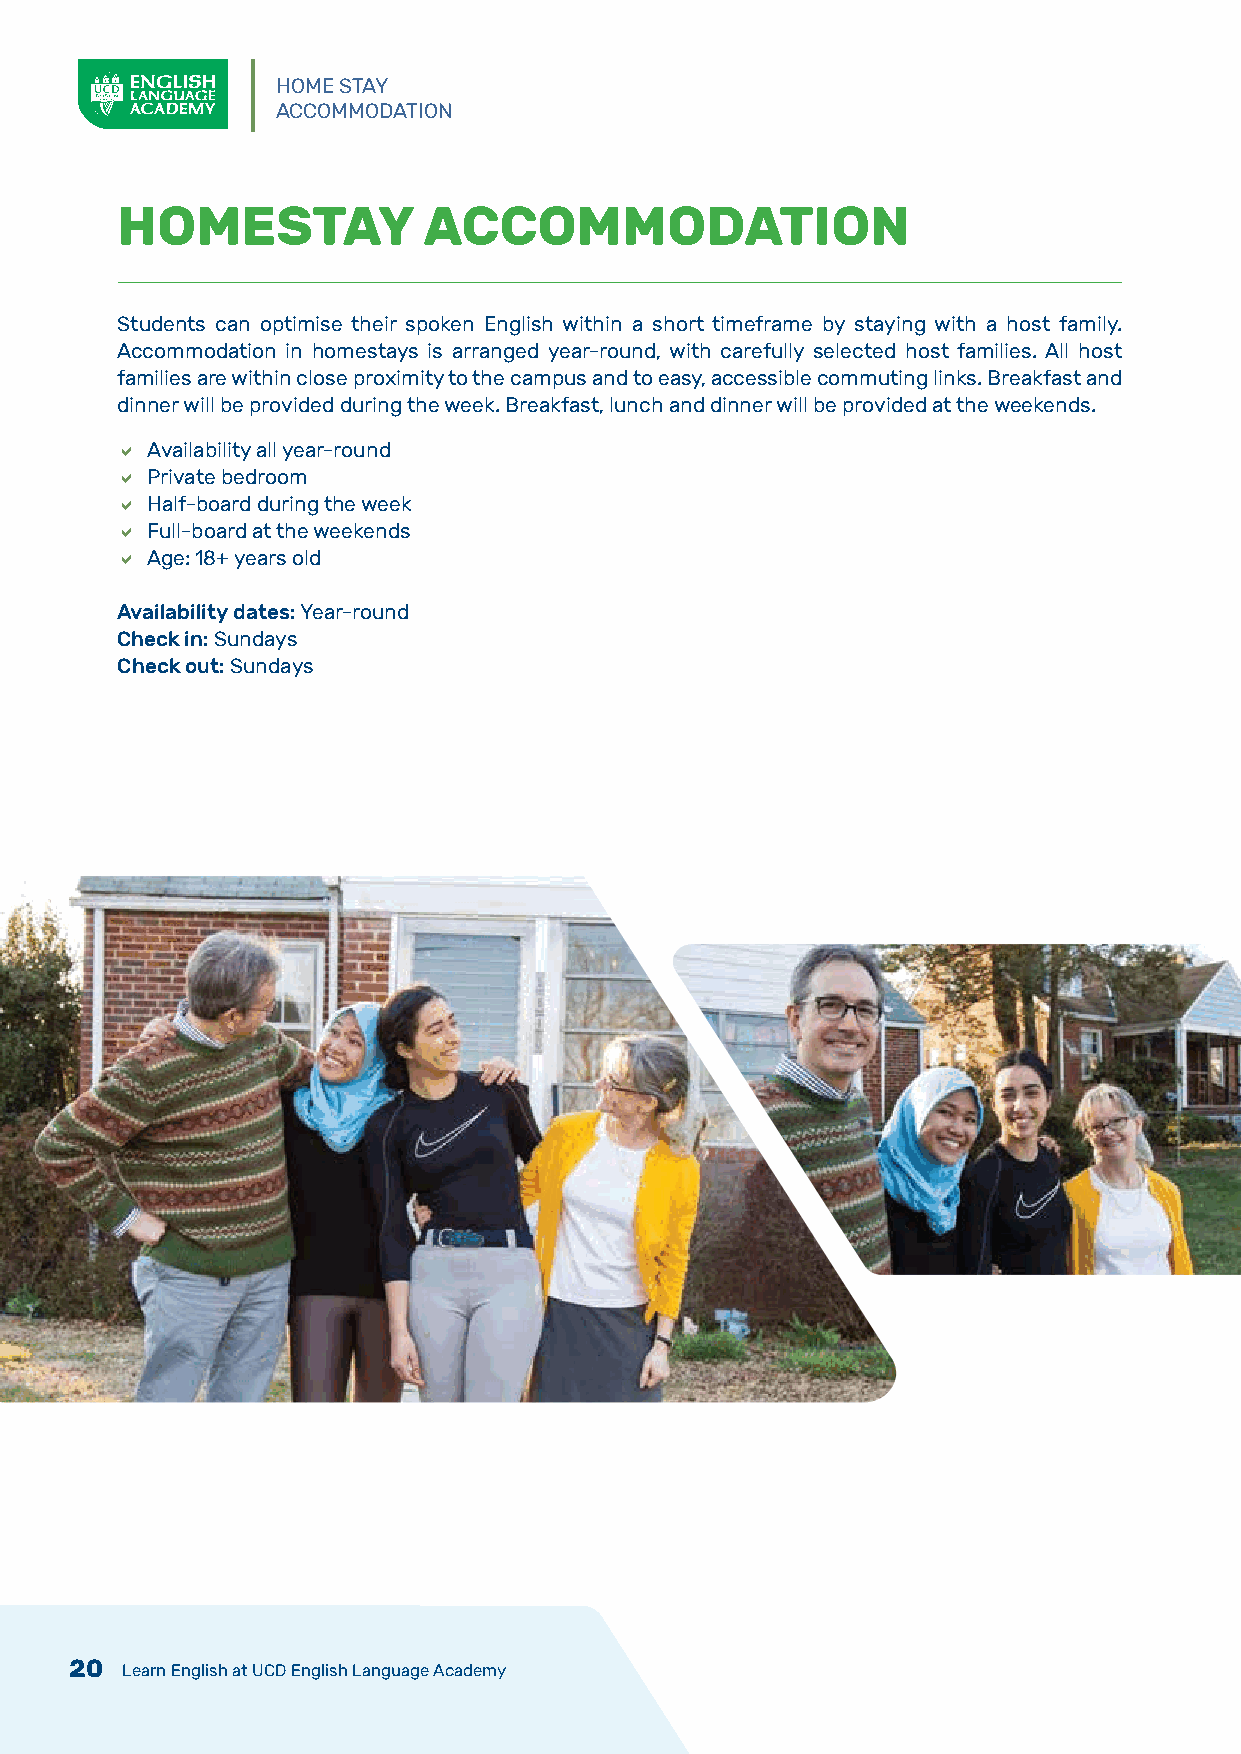
HOME STAY
 ACCOMMODATION
 HOMESTAY            ACCOMMODATION
 Students can optimise their spoken English within a short timeframe by staying with a host family.
 Accommodation in homestays is arranged year-round, with carefully selected host families. All host
 families are within close proximity to the campus and to easy, accessible commuting links. Breakfast and
 dinner will be provided during the week. Breakfast, lunch and dinner will be provided at the weekends.
  Availability all year-round
  Private bedroom
  Half-board during the week
  Full-board at the weekends
  Age: 18+ years old
 Availability dates: Year-round
 Check in: Sundays
 Check out: Sundays
 20 Learn English at UCD English Language Academy